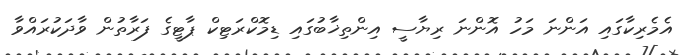
އެމެރިކާގައި އަންނަ މަހު އޮންނަ ރިޔާސީ އިންތިޚާބުގައި ޑިމޮކްރަޓިކް ޕާޓީގެ ފަރާތުން ވާދަކުރައްވާ